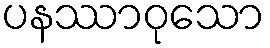
ပနဿာဝုသော